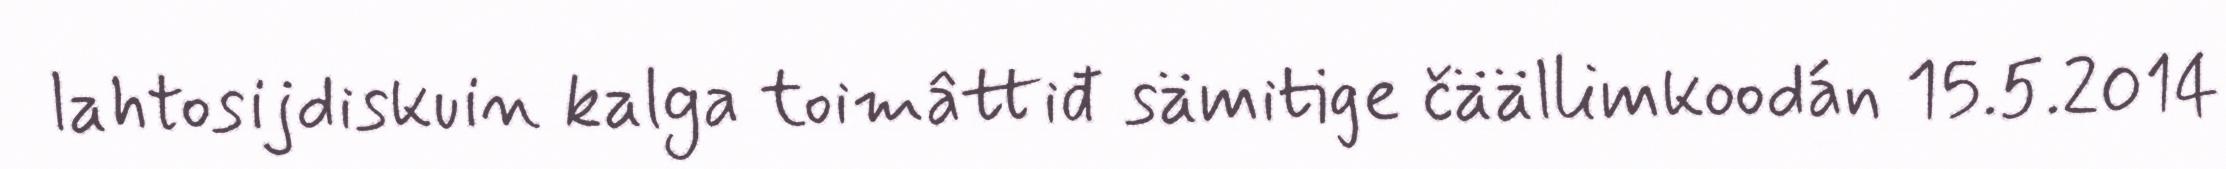
lahtosijdiskuin kalga toimâttiđ sämitige čäällimkoodán 15.5.2014